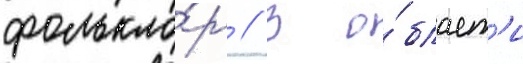
фолькло́р // В о́бласт'и